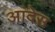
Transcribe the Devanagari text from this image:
आंदेस